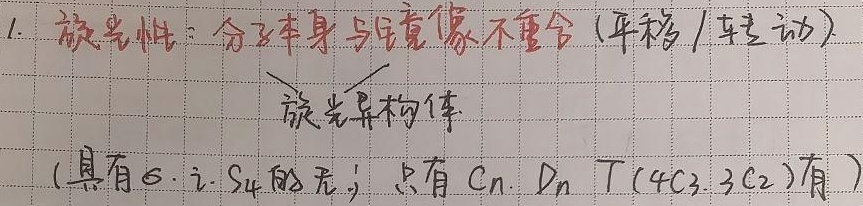
旋光性：分子本身与镜像不重合（平移/转动）。旋光异构体(具有$\sigma 、 i 、 S_{4}$的无；只有$C_{n}、 D_{n}、 T(4C_{3}、 3C_{2})$有 )